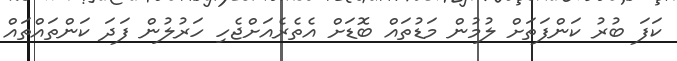
ކަފަ ބުރު ކަންފަތަށް ލުމުން މަޑުތައް ބޮޑަށް އެތެރެއަށްޖެހި ހަރުލުން ފަދަ ކަންތައްތައް